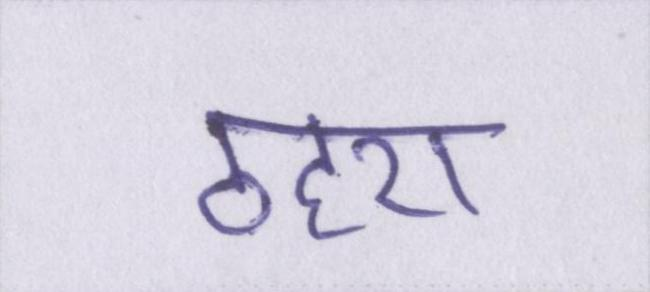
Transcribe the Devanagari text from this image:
ठहरा